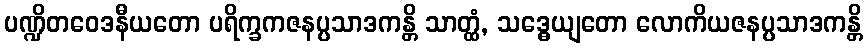
ပဏ္ဍိတဝေဒနီယတော ပရိက္ခကဇနပ္ပသာဒကန္တိ သာတ္ထံ, သဒ္ဓေယျတော လောကိယဇနပ္ပသာဒကန္တိ